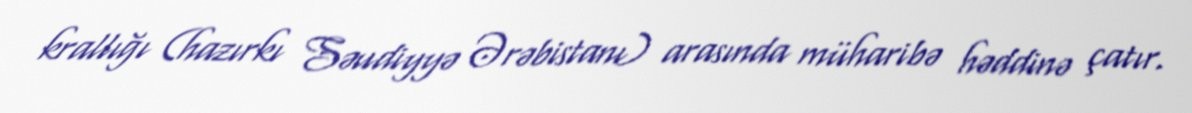
krallığı (hazırkı Səudiyyə Ərəbistanı) arasında müharibə həddinə çatır.